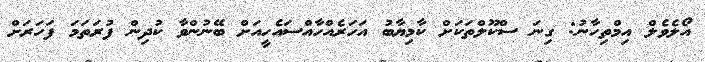
އޯލެވެލް އިމްތިހާނު: ގިނަ ސްކޫލްތަކަށް ކާމިޔާބު އަހަރެއްހާއްސައެހީއަށް ބޭނުންވާ ކުދިން ފުރަތަމަ ފަހަރަށް